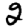
Digit: 2